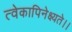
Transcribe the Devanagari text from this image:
त्वेकापिनेक्ष्यते।।